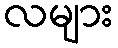
လများ